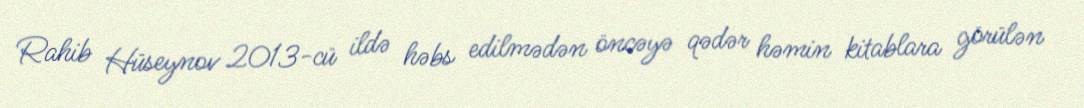
Rahib Hüseynov 2013-cü ildə həbs edilmədən öncəyə qədər həmin kitablara görülən